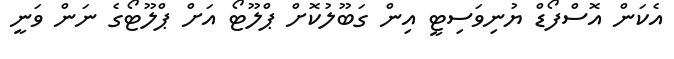
އެކަން އޮސްފޯޑް ޔުނިވަސިޓީ އިން ގަބޫލުކޮށް ޕްލޫޓޯ އަށް ޕްލޫޓޯގެ ނަން ވަނީ